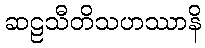
ဆဠသီတိသဟဿာနိ